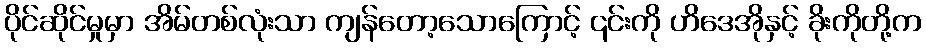
ပိုင်ဆိုင်မှုမှာ အိမ်တစ်လုံးသာ ကျန်တော့သောကြောင့် ၎င်းကို ဟိဒေအိုနှင့် ခိုးကိုတို့က